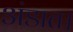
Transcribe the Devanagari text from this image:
अंडात।